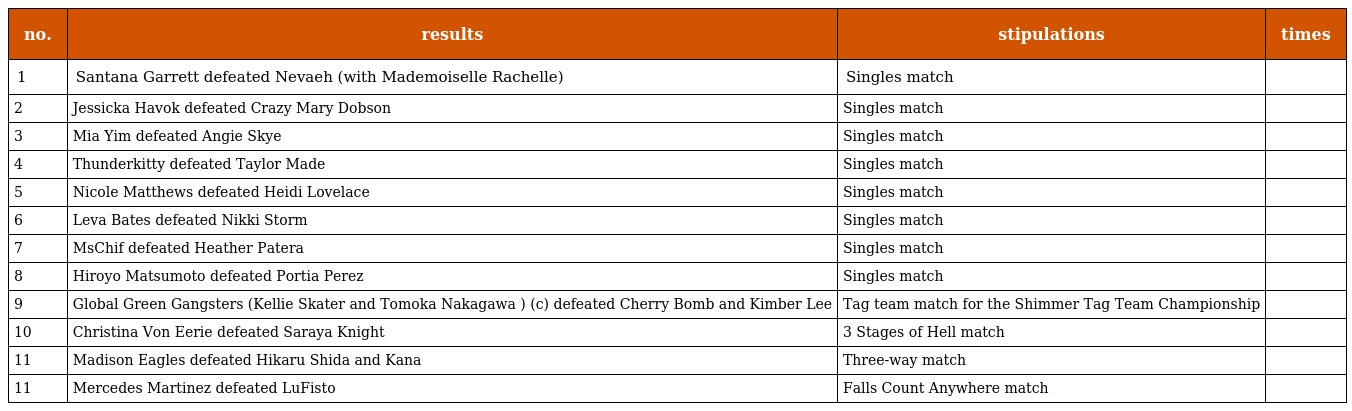
| no. | results | stipulations | times |
 | --- | --- | --- | --- |
 | 1 | Santana Garrett defeated Nevaeh (with Mademoiselle Rachelle) | Singles match |  |
 | 2 | Jessicka Havok defeated Crazy Mary Dobson | Singles match |  |
 | 3 | Mia Yim defeated Angie Skye | Singles match |  |
 | 4 | Thunderkitty defeated Taylor Made | Singles match |  |
 | 5 | Nicole Matthews defeated Heidi Lovelace | Singles match |  |
 | 6 | Leva Bates defeated Nikki Storm | Singles match |  |
 | 7 | MsChif defeated Heather Patera | Singles match |  |
 | 8 | Hiroyo Matsumoto defeated Portia Perez | Singles match |  |
 | 9 | Global Green Gangsters (Kellie Skater and Tomoka Nakagawa ) (c) defeated Cherry Bomb and Kimber Lee | Tag team match for the Shimmer Tag Team Championship |  |
 | 10 | Christina Von Eerie defeated Saraya Knight | 3 Stages of Hell match |  |
 | 11 | Madison Eagles defeated Hikaru Shida and Kana | Three-way match |  |
 | 11 | Mercedes Martinez defeated LuFisto | Falls Count Anywhere match |  |